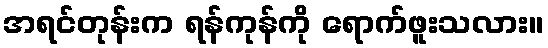
အရင်တုန်းက ရန်ကုန်ကို ရောက်ဖူးသလား။